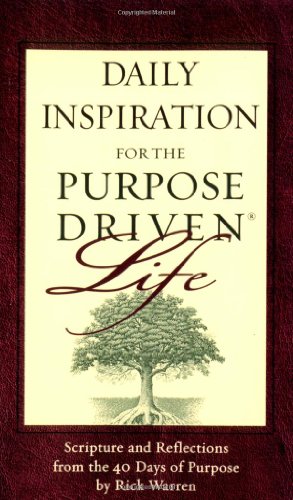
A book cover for Daily Inspiration for the Purpose Driven Life: Scriptures and Reflections from the 40 Days of Purpose; Rick Warren; Christian Books & Bibles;